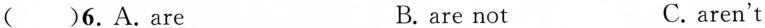
( )6.A.Are B.are not C.aren't